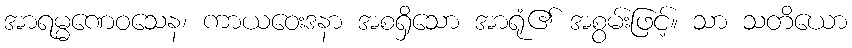
အာရမ္မဏေဝသေန၊ ကာယဝေးဒနာ အစရှိသော အာရုံ၏ အစွမ်းဖြင့်။ သာ သတိယော